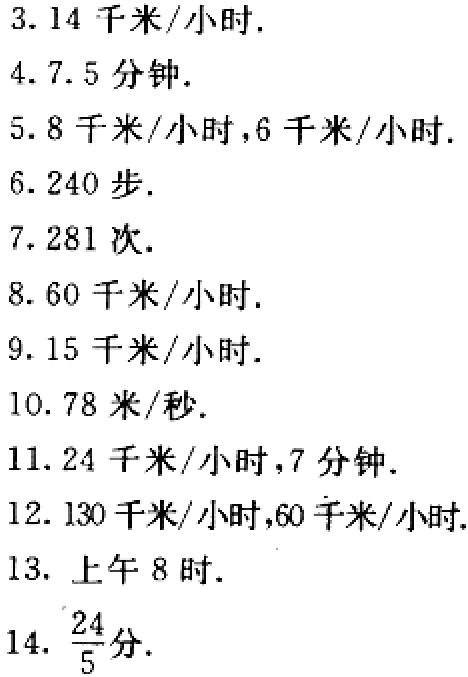
3. $3.14$千米/小时.

4. $7.5$分钟.

5. $8$千米/小时,$6$千米/小时.

6. $240$步.

7. $281$次.

8. $60$千米/小时.

9. $15$千米/小时.

10. $78$米/秒.

11. $24$千米/小时,$7$分钟.

12. $130$千米/小时,$60$千米/小时.

13. 上午8时.

14. $\frac{24}{5}$分.